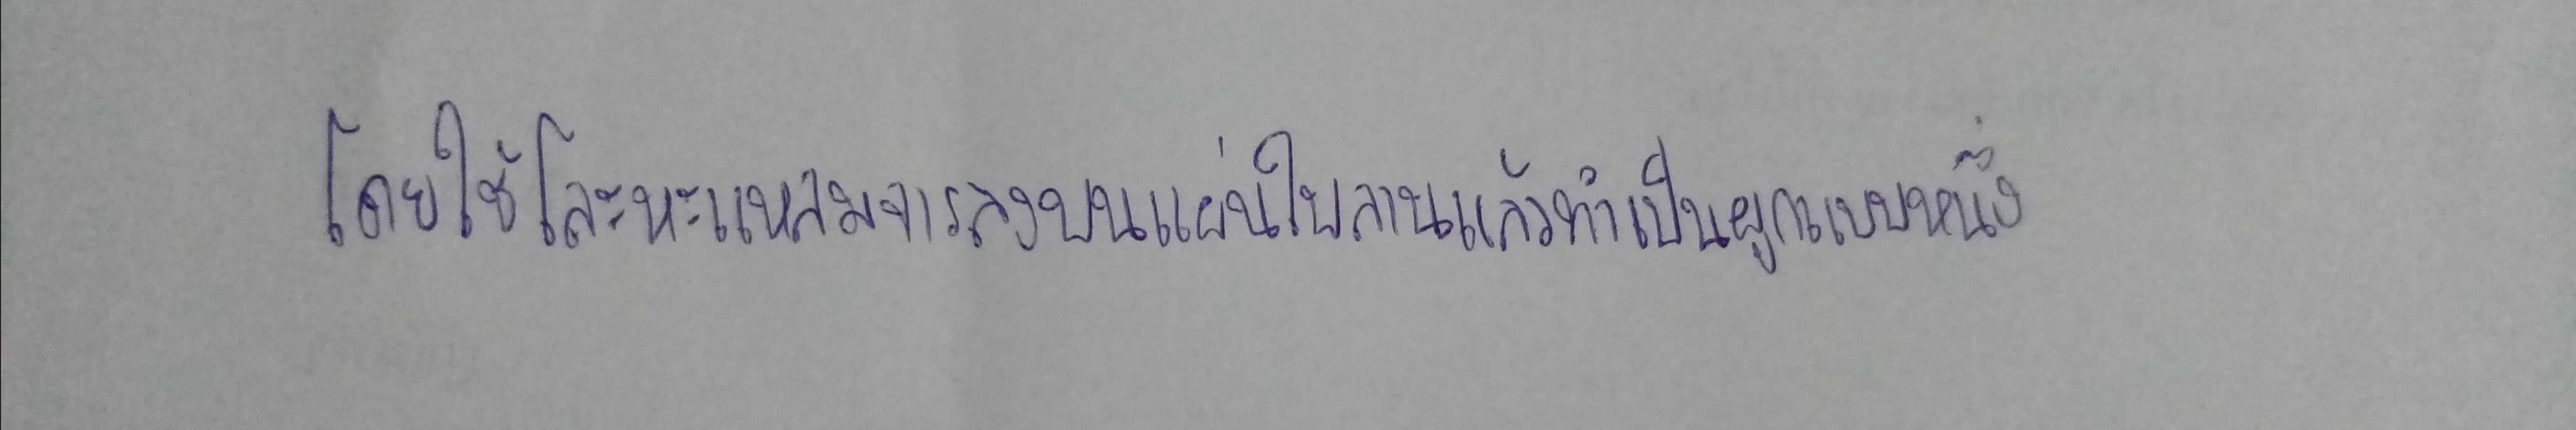
โดยใช้โลหะแหลมจารลงบนแผ่นใบลานแล้วทำเป็นผูกแบบหนึ่ง